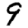
Digit: 9